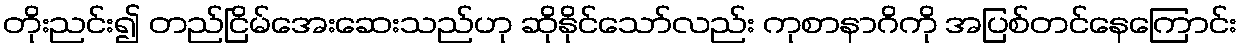
တိုးညင်း၍ တည်ငြိမ်အေးဆေးသည်ဟု ဆိုနိုင်သော်လည်း ကုစာနာဂိကို အပြစ်တင်နေကြောင်း